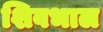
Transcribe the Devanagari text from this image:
शिवभाल